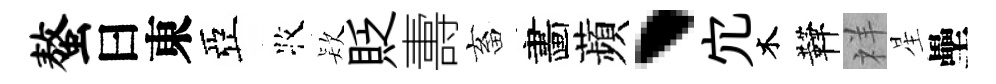
螯曰東亞牧𣣇貶夀畜畵蘋、宂木鞾祥星壘